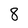
Character: 8